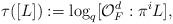
\begin{align*}\tau([L]):=\log_q[\mathcal{O}_F^d:\pi^i L],\end{align*}